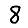
Digit: 8